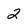
Character: 2